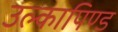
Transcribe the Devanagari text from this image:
उल्‍कापिण्‍ड